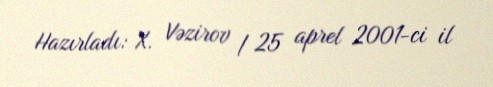
Hazırladı: X. Vəzirov / 25 aprel 2001-ci il